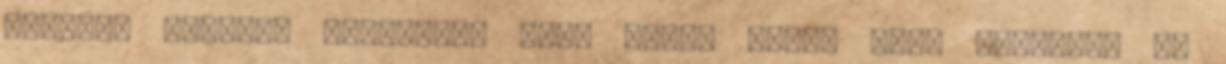
esetleg érdemes megnézni, hogy külső soros port megadása is